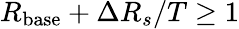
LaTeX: R_{\mathrm{base}}+\Delta R_{s}/T\geq 1